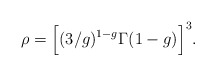
\begin{align*}\rho=\Big[(3/g)^{1-g}\Gamma(1-g)\Big]^3. \end{align*}